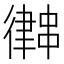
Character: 𢖀